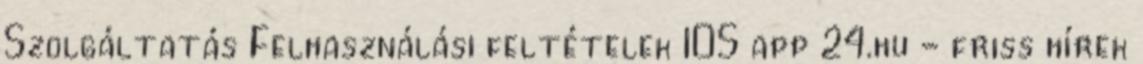
Szolgáltatás Felhasználási feltételek IOS app 24.hu - friss hírek